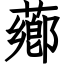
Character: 薌